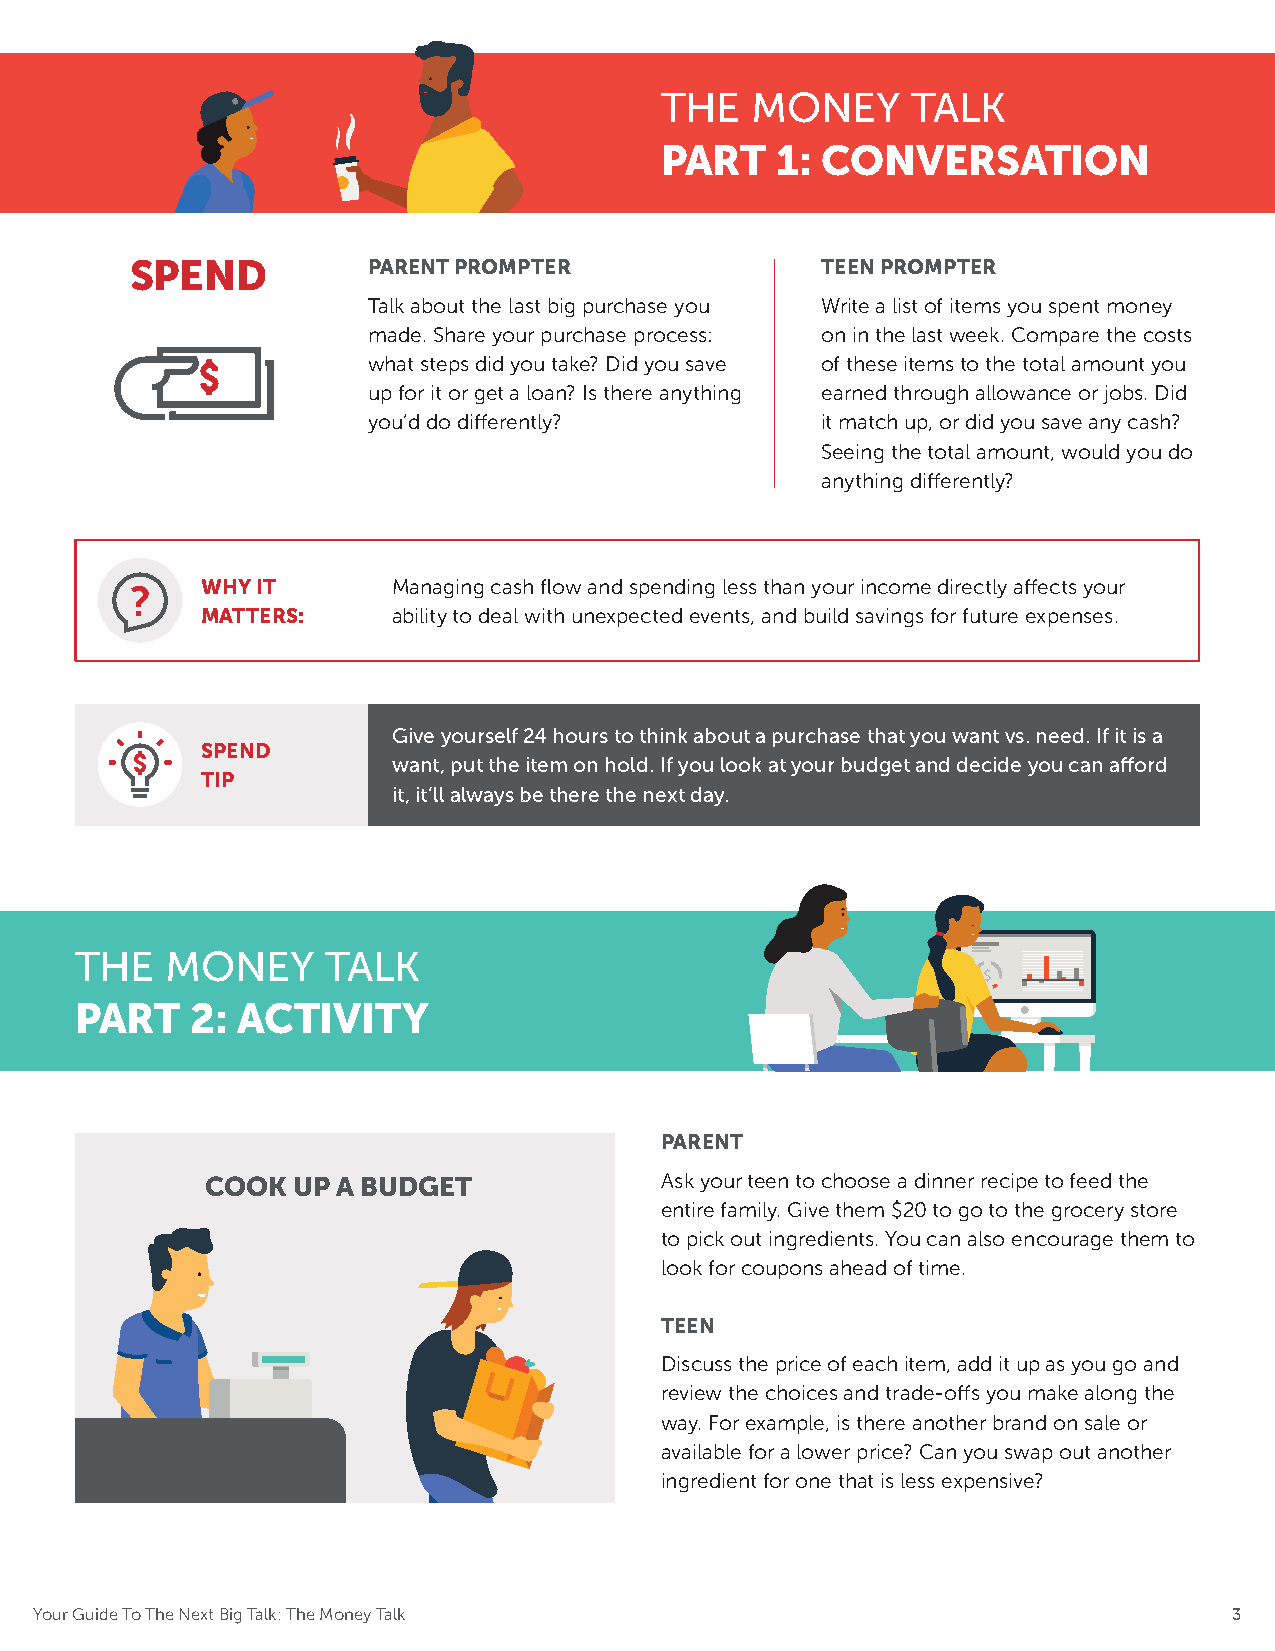
THE   MONEY     TALK
 PART   1: CONVERSATION
 SPEND          PARENT PROMPTER               TEEN PROMPTER
 Talk about the last big purchase you Write a list of items you spent money
 made. Share your purchase process: on in the last week. Compare the costs
 what steps did you take? Did you save of these items to the total amount you
 up for it or get a loan? Is there anything earned through allowance or jobs. Did
 you’d do differently?         it match up, or did you save any cash?
 Seeing the total amount, would you do
 anything differently?
 WHY IT       Managing cash flow and spending less than your income directly affects your
 ?
 MATTERS:     ability to deal with unexpected events, and build savings for future expenses.
 Give yourself 24 hours to think about a purchase that you want vs. need. If it is a
 SPEND
 want, put the item on hold. If you look at your budget and decide you can afford
 TIP
 it, it’ll always be there the next day.
 THE   MONEY      TALK
 PART    2: ACTIVITY
 PARENT
 COOK UP A BUDGET              Ask your teen to choose a dinner recipe to feed the
 entire family. Give them $20 to go to the grocery store
 to pick out ingredients. You can also encourage them to
 look for coupons ahead of time.
 TEEN
 Discuss the price of each item, add it up as you go and
 review the choices and trade-offs you make along the
 way. For example, is there another brand on sale or
 available for a lower price? Can you swap out another
 ingredient for one that is less expensive?
 Your Guide To The Next Big Talk: The Money Talk                                 3